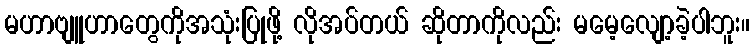
မဟာဗျူဟာတွေကိုအသုံးပြုဖို့ လိုအပ်တယ် ဆိုတာကိုလည်း မမေ့လျော့ခဲ့ပါဘူး။